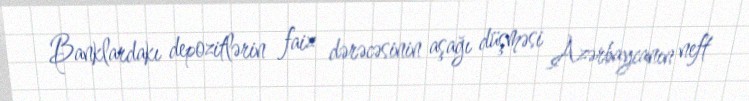
Banklardakı depozitlərin faiz dərəcəsinin aşağı düşməsi Azərbaycanın neft